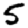
Digit: 5